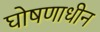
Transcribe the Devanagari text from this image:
घोषणाधीन